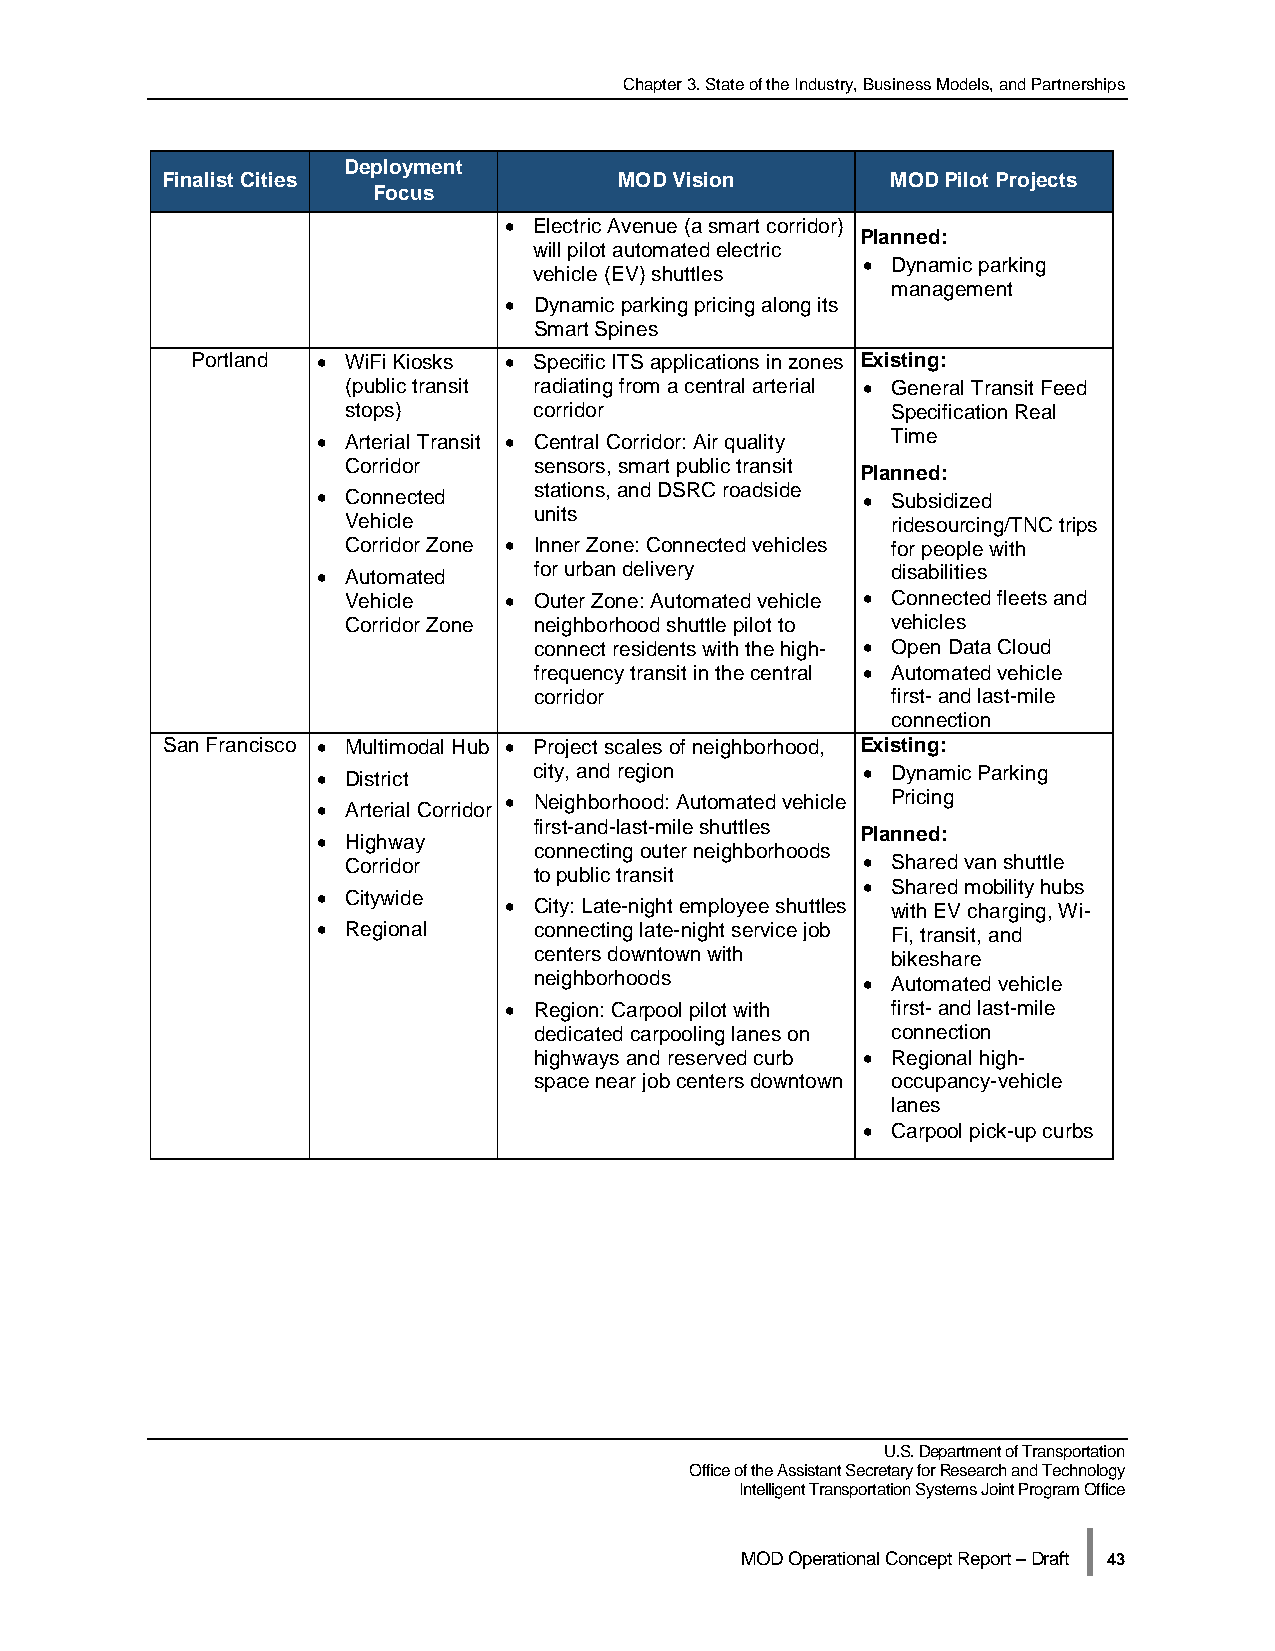
Chapter 3. State of the Industry, Business Models, and Partnerships
 Deployment
 Finalist Cities               MOD Vision        MOD Pilot Projects
 Focus
 • Electric Avenue (a smart corridor)
 Planned:
 will pilot automated electric
 • Dynamic parking
 vehicle (EV) shuttles
 management
 • Dynamic parking pricing along its
 Smart Spines
 Portland • WiFi Kiosks • Specific ITS applications in zones Existing:
 (public transit radiating from a central arterial • General Transit Feed
 stops)      corridor                Specification Real
 • Arterial Transit • Central Corridor: Air quality Time
 Corridor    sensors, smart public transit
 Planned:
 • Connected   stations, and DSRC roadside • Subsidized
 units
 Vehicle                             ridesourcing/TNC trips
 Corridor Zone • Inner Zone: Connected vehicles for people with
 • Automated   for urban delivery      disabilities
 Vehicle   • Outer Zone: Automated vehicle • Connected fleets and
 Corridor Zone neighborhood shuttle pilot to vehicles
 connect residents with the high- • Open Data Cloud
 frequency transit in the central • Automated vehicle
 corridor                first- and last-mile
 connection
 San Francisco • Multimodal Hub • Project scales of neighborhood, Existing:
 • District    city, and region      • Dynamic Parking
 • Arterial Corridor • Neighborhood: Automated vehicle Pricing
 first-and-last-mile shuttles
 • Highway                           Planned:
 connecting outer neighborhoods
 Corridor                          • Shared van shuttle
 to public transit
 • Shared mobility hubs
 • Citywide
 • City: Late-night employee shuttles with EV charging, Wi-
 • Regional    connecting late-night service job Fi, transit, and
 centers downtown with   bikeshare
 neighborhoods         • Automated vehicle
 • Region: Carpool pilot with first- and last-mile
 dedicated carpooling lanes on connection
 highways and reserved curb • Regional high-
 space near job centers downtown occupancy-vehicle
 lanes
 • Carpool pick-up curbs
 U.S. Department of Transportation
 Office of the Assistant Secretary for Research and Technology
 Intelligent Transportation Systems Joint Program Office
 |
 MOD Operational Concept Report – Draft 43